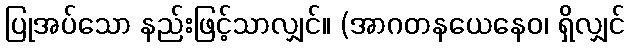
ပြုအပ်သော နည်းဖြင့်သာလျှင်။ (အာဂတနယေနေဝ၊ ရှိလျှင်